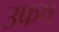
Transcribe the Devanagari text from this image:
उफष